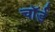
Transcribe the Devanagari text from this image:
चॉर्ड